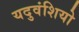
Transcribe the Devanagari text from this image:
यदुवंशियो